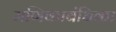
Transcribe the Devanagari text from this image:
मणिकाबंधिका